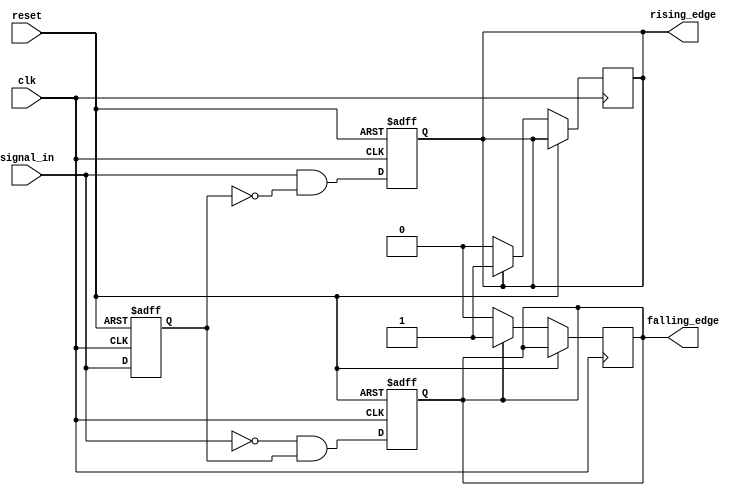
module dual_edge_detector (
    input wire clk,            // Clock signal
    input wire reset,          // Asynchronous reset signal
    input wire signal_in,      // Input signal to detect edges
    output reg rising_edge,    // Output pulse for rising edge detection
    output reg falling_edge     // Output pulse for falling edge detection
);

    // Memory block to store the previous state of the input signal
    reg previous_state;

    // Always block to capture the input signal on the rising edge of the clock
    always @(posedge clk or posedge reset) begin
        if (reset) begin
            previous_state <= 1'b0; // Reset previous state to low
            rising_edge <= 1'b0;     // Reset rising edge output
            falling_edge <= 1'b0;    // Reset falling edge output
        end else begin
            // Edge detection logic
            rising_edge <= (signal_in && !previous_state); // Detect rising edge
            falling_edge <= (!signal_in && previous_state); // Detect falling edge
            
            // Update the previous state with the current input signal
            previous_state <= signal_in;
        end
    end

    // Always block to ensure output pulses are one clock cycle wide
    always @(posedge clk) begin
        // Reset outputs after one clock cycle
        if (!reset) begin
            if (rising_edge) begin
                rising_edge <= 1'b1; // Keep high for one clock cycle
            end else begin
                rising_edge <= 1'b0; // Reset to low if no rising edge
            end
            
            if (falling_edge) begin
                falling_edge <= 1'b1; // Keep high for one clock cycle
            end else begin
                falling_edge <= 1'b0; // Reset to low if no falling edge
            end
        end
    end

endmodule